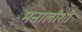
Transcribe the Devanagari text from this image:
मनालीशी